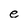
Character: e